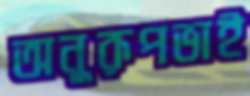
অনুরূপভাই